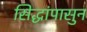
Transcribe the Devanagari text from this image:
सिद्धांपासुन